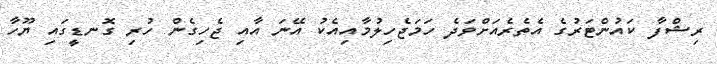
ރިޝްފާ ކައުންޓަރުގެ އެތެރެއަށްވަދެ ހަމަޖެހިލުމާއިއެކު އޭނަ އާއި ޖެހިގެން ހުރި ގޮނޑީގައި ޔޫހާ